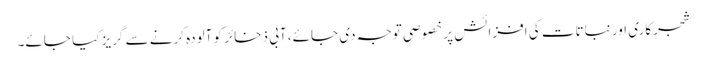
شجرکاری اور نباتات کی افزائش پر خصوصی توجہ دی جائے، آبی ذخائر کو آلودہ کرنے سے گریز کیا جائے۔